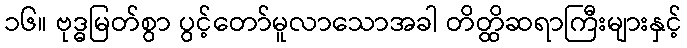
၁၆။ ဗုဒ္ဓမြတ်စွာ ပွင့်တော်မူလာသောအခါ တိတ္ထိဆရာကြီးများနှင့်